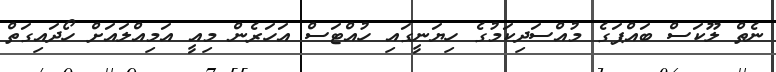
ނެތް ލޫކަސް ބައްޕަގެ މުއްސަދިކަމުގެ ހިޔަނީގައި ހުއްޓަސް އަހަރެން މިއީ އަމިއްލައަށް ހޯދައިގަތް